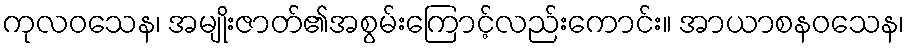
ကုလဝသေန၊ အမျိုးဇာတ်၏အစွမ်းကြောင့်လည်းကောင်း။ အာယာစနဝသေန၊